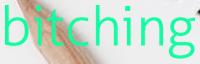
bitching